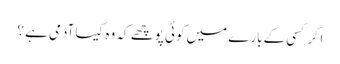
اگر کسی کےبارے میں کوئی پوچھے کہ وہ کیسا آدمی ہے ؟